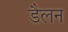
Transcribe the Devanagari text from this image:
डैलन